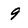
Character: 9